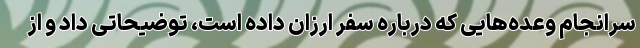
سرانجام وعده‌هایی که درباره سفر ارزان داده است، توضیحاتی داد و از